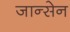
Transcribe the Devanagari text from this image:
जान्सेन